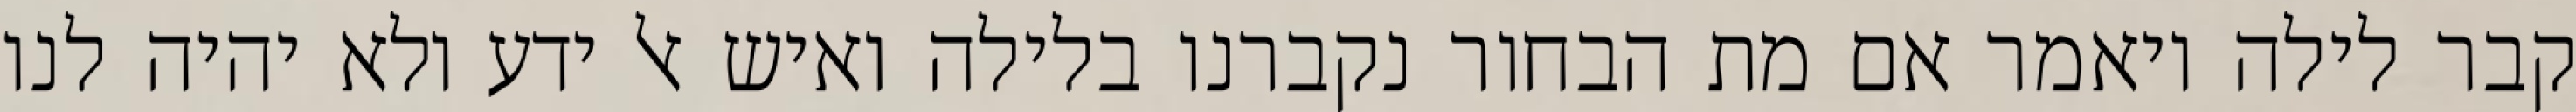
קבר לילה ויאמר אם מת הבחור נקברנו בלילה ואיש אל ידע ולא יהיה לנו